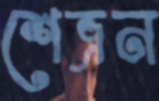
শেভ্রন